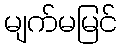
မျက်မမြင်